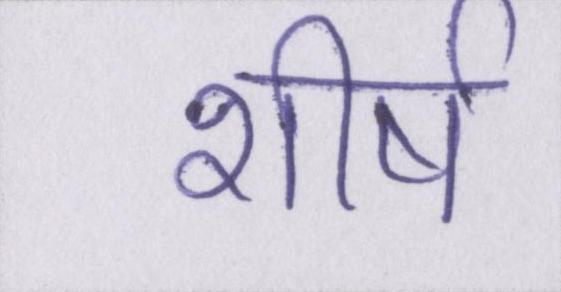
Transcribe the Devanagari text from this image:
शीर्ष